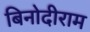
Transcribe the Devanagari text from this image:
बिनोदीराम